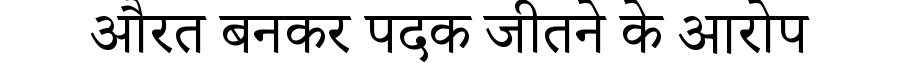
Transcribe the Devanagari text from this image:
औरत बनकर पदक जीतने के आरोप